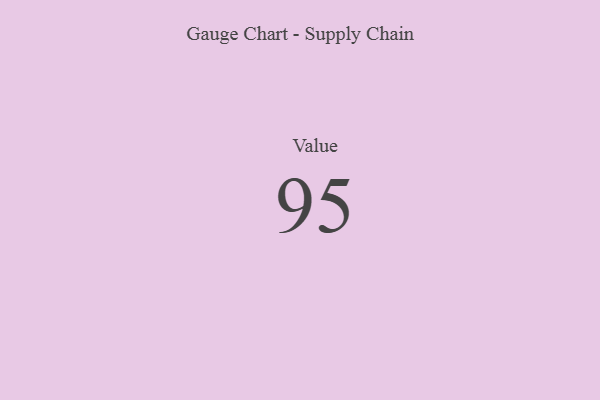
{"axis": {"x": "Metric", "y": "Value"}, "legend": [""], "data": [{"x": "Value", "y": 95, "type": ""}]}